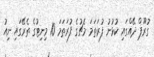
ގުރޫޕް ދޭއްގައި ކުޅުނު ފުރަތަމަ މެޗުގެ ފުރަތަމަ 10 މިނިޓުގެ ތެރޭގައި ނިއު